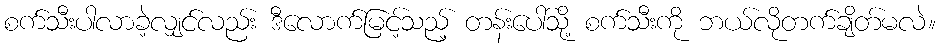
စက်သီးပါလာခဲ့လျှင်လည်း ဒီလောက်မြင့်သည့် တန်းပေါ်သို့ စက်သီးကို ဘယ်လိုတက်ချိတ်မလဲ။